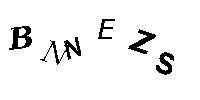
BNNEZS